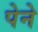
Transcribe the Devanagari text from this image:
पेने